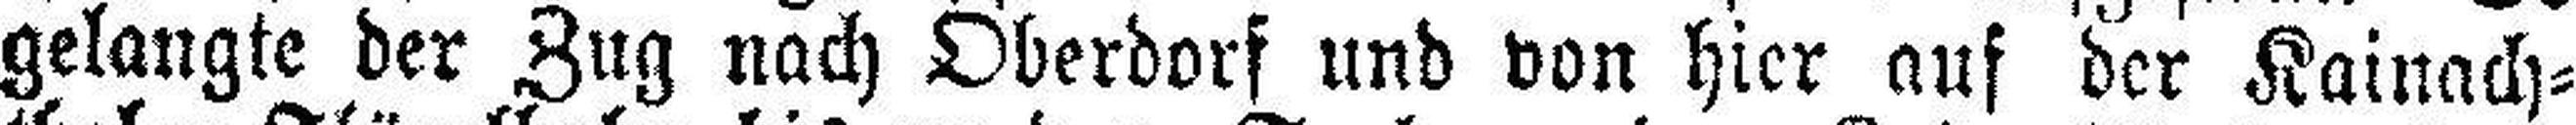
gelangte der Zug nach Oberdorf und von hier auf der Kainach¬